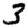
Digit: 3